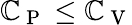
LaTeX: \mathbb{C}_{\mathrm{{~P~}}}\leq\mathbb{C}_{\mathrm{{~V~}}}